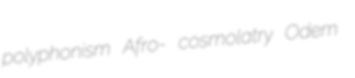
polyphonism Afro- cosmolatry Odem